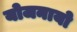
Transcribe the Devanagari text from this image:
योजनायो